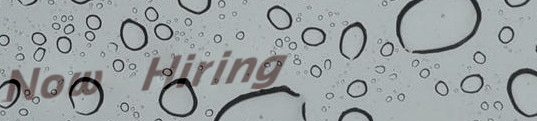
Now Hiring